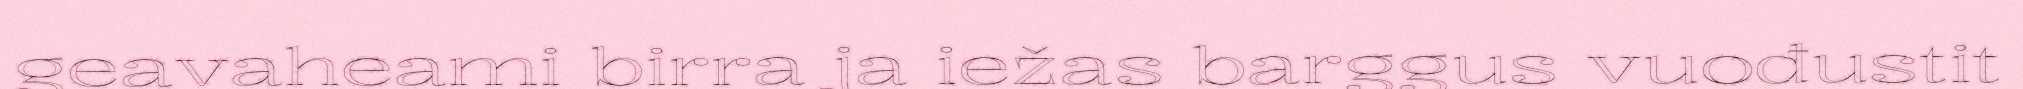
geavaheami birra ja iežas barggus vuođustit